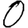
Digit: 0